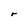
Character: r